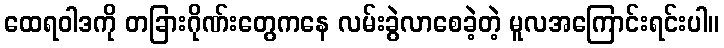
ထေရဝါဒကို တခြားဂိုဏ်းတွေကနေ လမ်းခွဲလာစေခဲ့တဲ့ မူလအကြောင်းရင်းပါ။